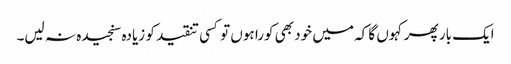
ایک بار پھر کہوں گا کہ میں خود بھی کورا ہوں تو کسی تنقید کو زیادہ سنجیدہ نہ لیں۔